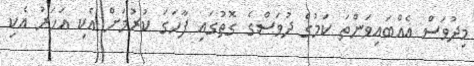
މިދުވަސް އެއްބައިވަންތަ ކަމުގެ ދުވަސްގެ ގޮތުގައި ފާހަގަ ކުރުމަށް އެކި އަހަރު އެކި